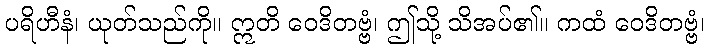
ပရိဟီနံ၊ ယုတ်သည်ကို။ ဣတိ ဝေဒိတဗ္ဗံ၊ ဤသို့ သိအပ်၏။ ကထံ ဝေဒိတဗ္ဗံ၊